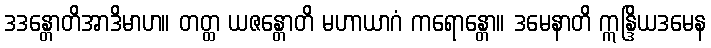
ဒဒန္တောတိအာဒိမာဟ။ တတ္ထ ယဇန္တောတိ မဟာယာဂံ ကရောန္တော။ ဒမေနာတိ ဣန္ဒြိယဒမေန